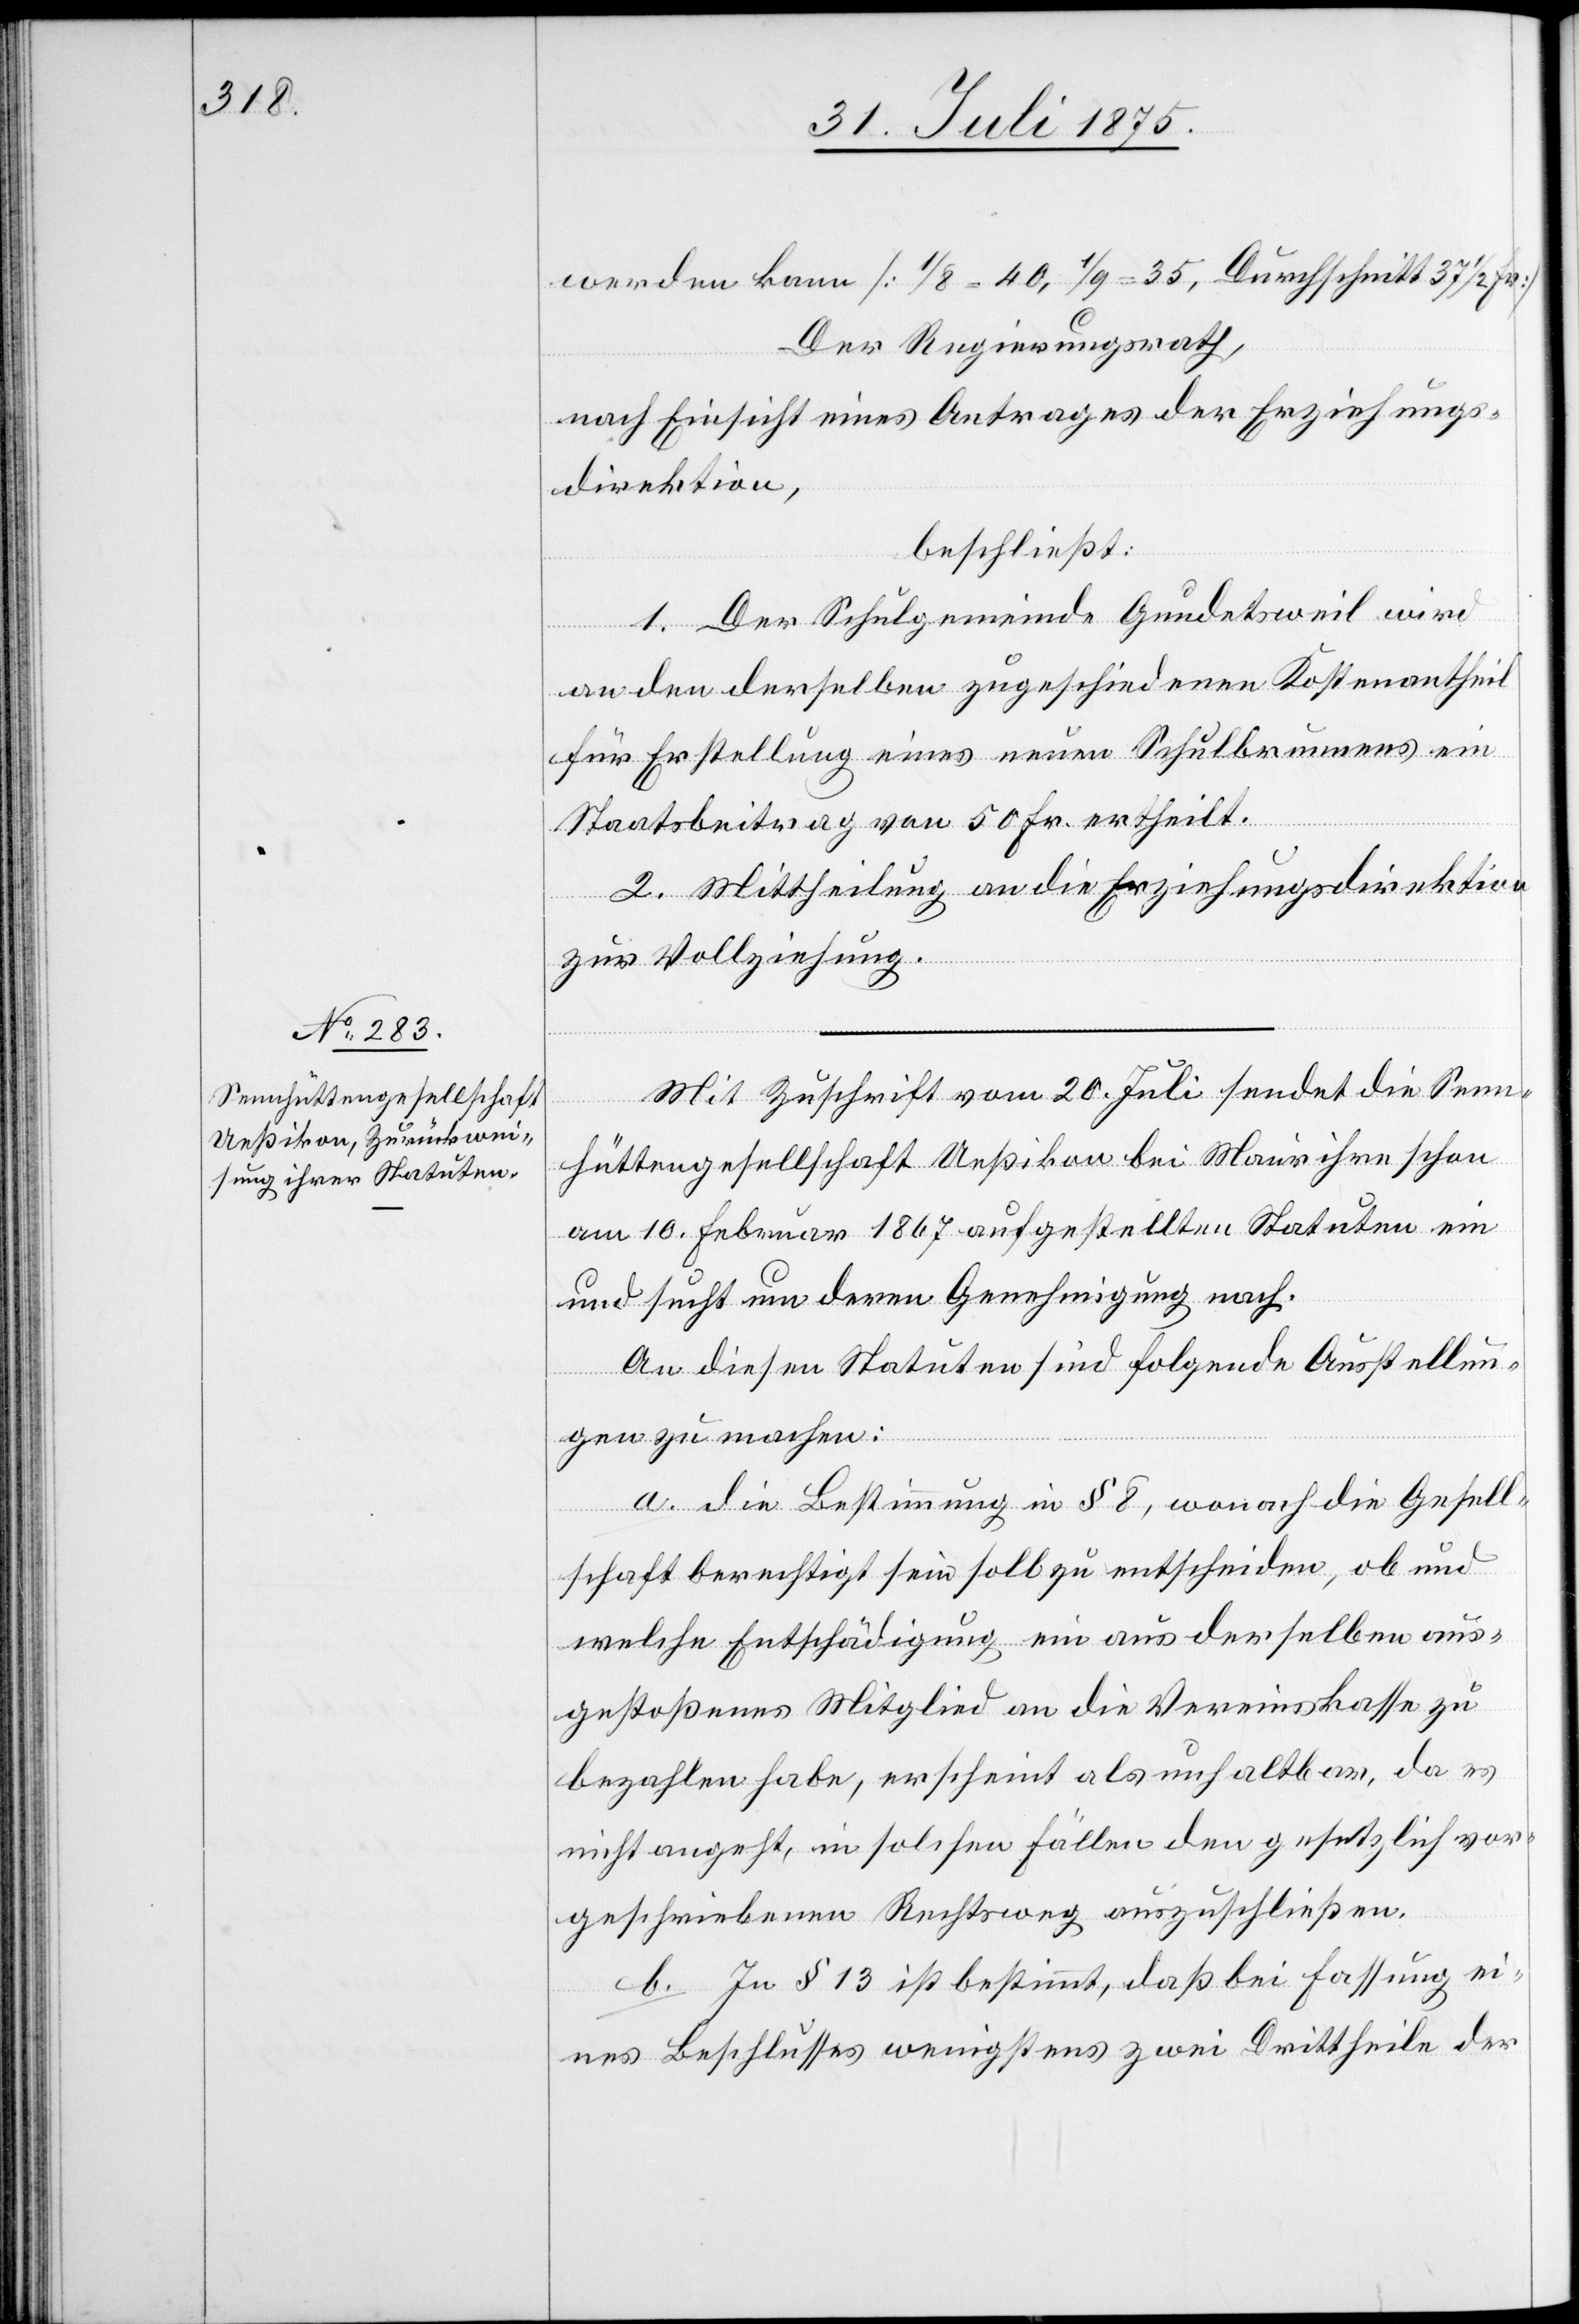
Mit Zuschrift vom 20. Juli sendet die Senn¬
hüttengesellschaft Ueßikon bei Maur ihre schon
am 10. Februar 1867 aufgestellten Statuten ein
und sucht um deren Genehmigung nach.
An diesen Statuten sind folgende Ausstellun¬
gen zu machen.
a. die Bestimmung in § 8, wonach die Gesell¬
schaft berechtigt sein soll zu entscheiden, ob und
welche Entschädigung ein aus derselben aus¬
gestoßenes Mitglied an die Vereinskasse zu
bezahlen habe, erscheint als unhaltbar, da es
nicht angeht, in solchen Fällen den gesetzlich vor¬
geschriebenen Rechtsweg auszuschließen.
b. In § 13 ist bestimmt, daß bei Fassung ei¬
nes Beschlusses wenigstens zwei Drittheile der